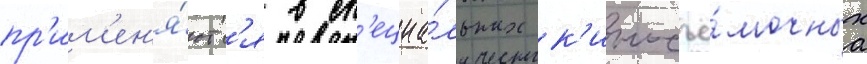
пр'им'ен'я́ютс'я в сп'ециа́льных к'иносъё́мочных